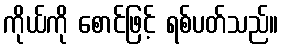
ကိုယ်ကို စောင်ဖြင့် ရစ်ပတ်သည်။